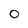
Character: 0